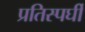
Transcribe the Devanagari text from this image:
प्रतिस्पर्घी